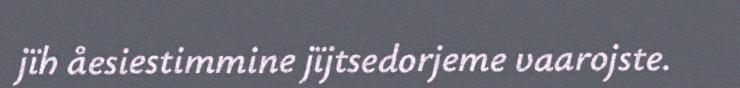
jïh åesiestimmine jïjtsedorjeme vaarojste.